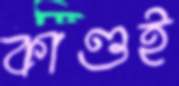
কাণ্ডই